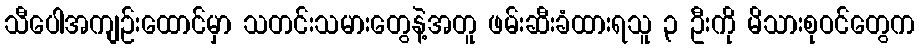
သီပေါအကျဉ်းထောင်မှာ သတင်းသမားတွေနဲ့အတူ ဖမ်းဆီးခံထားရသူ ၃ ဦးကို မိသားစုဝင်တွေက